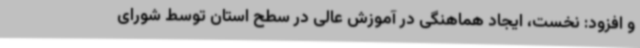
و افزود: نخست، ایجاد هماهنگی در آموزش عالی در سطح استان توسط شورای